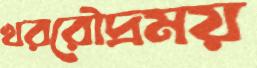
খররৌদ্রময়